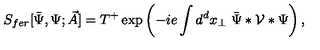
S _ { f e r } [ \bar { \Psi } , \Psi ; \vec { A } ] = T ^ { + } \exp \left( - i e \int d ^ { d } x _ { \perp } \ \bar { \Psi } \ast { \cal V } \ast \Psi \right) ,